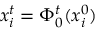
x _ { i } ^ { t } = \Phi _ { 0 } ^ { t } ( x _ { i } ^ { 0 } )